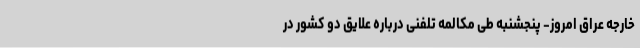
خارجه عراق امروز- پنجشنبه طی مکالمه تلفنی درباره علایق دو کشور در